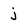
Character: j